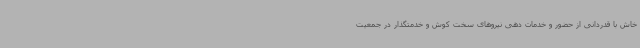
خاش با قدردانی از حضور و خدمات دهی نیروهای سخت کوش و خدمتگذار در جمعیت